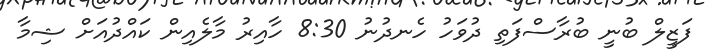
ފަޒީލް ބުނީ ބުރާސްފަތި ދުވަހު ހެނދުނު 8:30 ހާއިރު މާލެއިން ކައްދުއަށް ޝިމާ